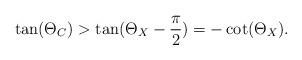
LaTeX: \begin{align*}\tan(\Theta_{C}) > \tan(\Theta_{X}-\frac{\pi}{2}) = -\cot(\Theta_{X}).\end{align*}